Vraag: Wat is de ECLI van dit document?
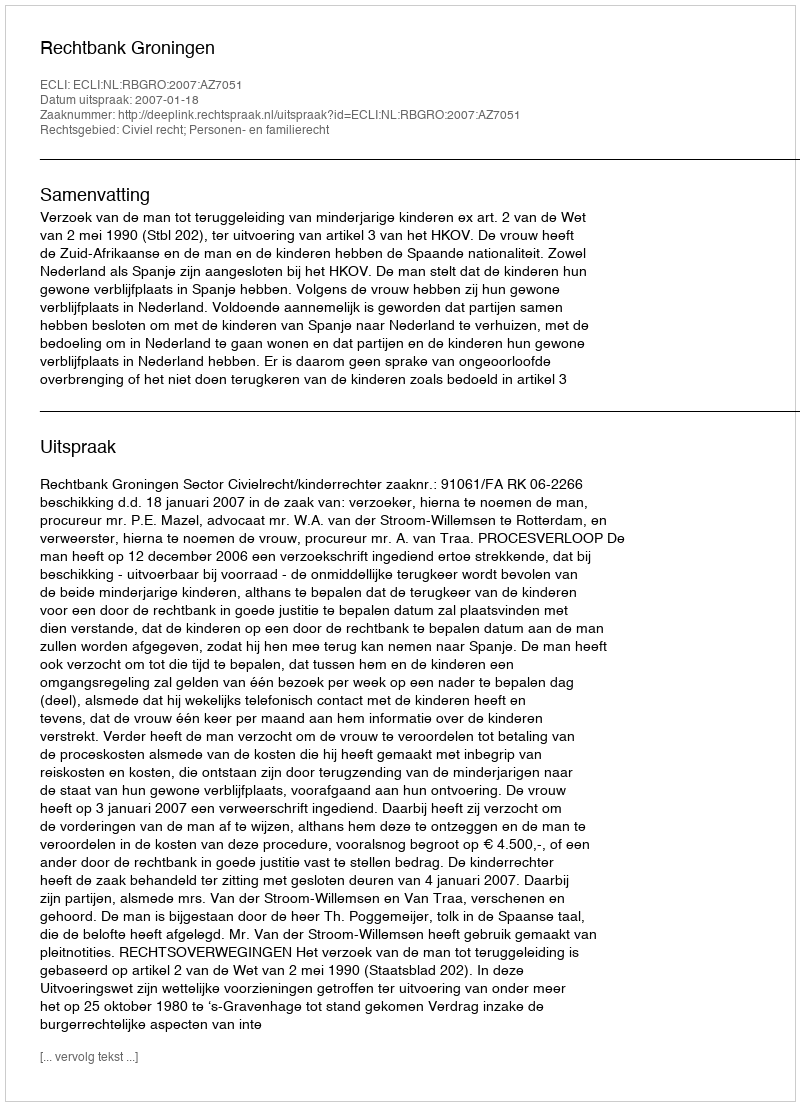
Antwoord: ECLI:NL:RBGRO:2007:AZ7051